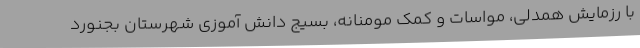
با رزمایش همدلی، مواسات و کمک مومنانه، بسیج دانش آموزی شهرستان بجنورد